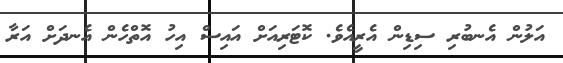
އަލުން އެނބުރި ސިޑިން އެރީއެވެ. ކޮޓަރިއަށް އައިސް އިހު އޮތްހެން އެނދަށް އަރާ